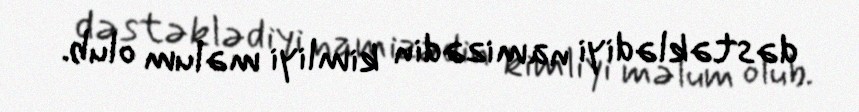
dəstəklədiyi namizədin kimliyi məlum olub.